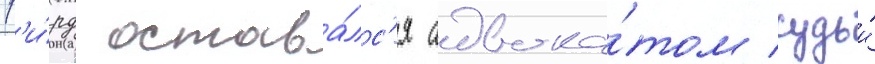
Г'и́рд остава́лс'я адвока́том судьи́